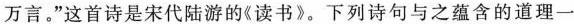
万言。”这首诗是宋代陆游的《读书》。下列诗句与之蕴含的道理一